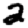
Digit: 2